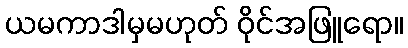
ယမကာဒါမှမဟုတ် ဝိုင်အဖြူရော။